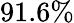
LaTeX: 91.6\%